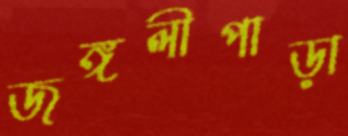
জঙ্গলীপাড়া